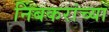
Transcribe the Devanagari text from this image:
निंबकरांच्या